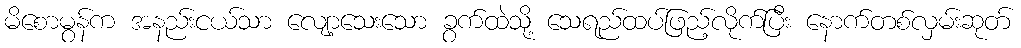
မိစောမွန်က အနည်းငယ်သာ လျော့သေးသော ခွက်ထဲသို့ သေရည်ထပ်ဖြည့်လိုက်ပြီး နောက်တစ်လှမ်းဆုတ်